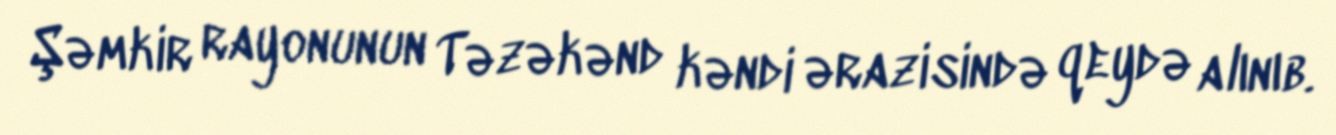
Şəmkir rayonunun Təzəkənd kəndi ərazisində qeydə alınıb.